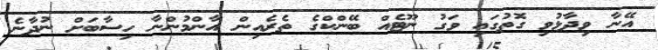
އޭނާ ވިދާޅުވި ގޮތުގައި ވަގު ނޫޓެއް ބޭންކްގެ ތެރެއިން އާންމުންނާ ހިސާބަށް ނުދާނެ